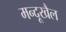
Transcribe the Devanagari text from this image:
मन्दूखैल